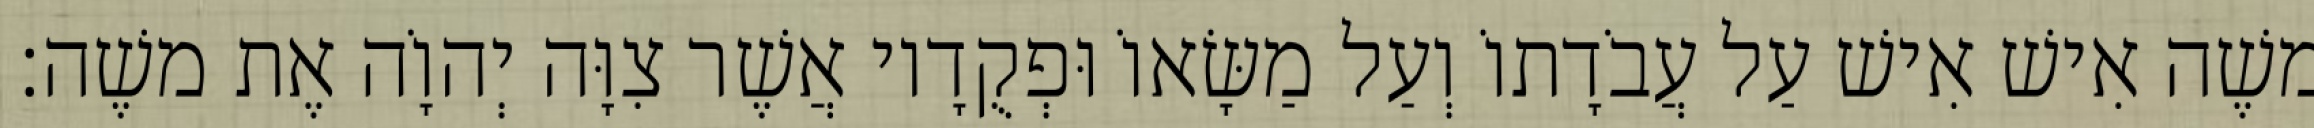
משֶׁה אִישׁ אִישׁ עַל עֲבֹדָתוֹ וְעַל מַשָּׂאוֹ וּפְקֻדָיו אֲשֶׁר צִוָּה יְהוָֹה אֶת משֶׁה׃